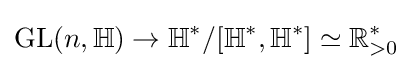
\mathrm {GL} (n,\mathbb {H} )\rightarrow \mathbb {H} ^{*}/[\mathbb {H} ^{*},\mathbb {H} ^{*}]\simeq \mathbb {R} _{>0}^{*}